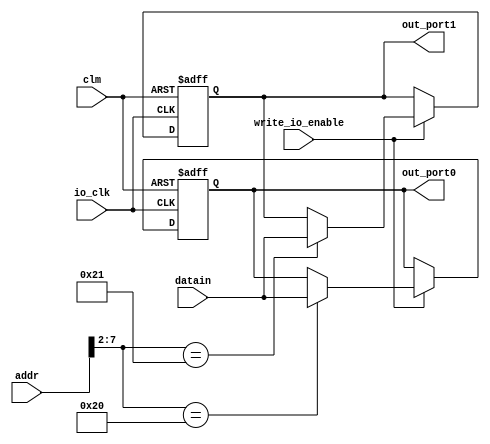
module io_output_reg(addr,datain,write_io_enable,io_clk,clm,out_port0,out_port1);
	input [31:0] addr,datain;
	input	write_io_enable,io_clk;
	input clm;
	
	output [31:0] out_port0,out_port1;
	
	reg [31:0] out_port0,out_port1;
	
	always@(posedge io_clk or negedge clm) begin
		if(clm==0) begin
			out_port0 <= 0;
			out_port1 <= 0;
		end
		else
			if(write_io_enable == 1)
				case (addr[7:2])
					6'b100000: out_port0<=datain;
					6'b100001: out_port1<=datain;
				endcase
	end
endmodule